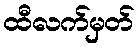
ထီလက်မှတ်